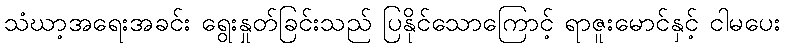
သံဃာ့အရေးအခင်း ရွေးနှုတ်ခြင်းသည် ပြနိုင်သောကြောင့် ရာဇူးမောင်နှင့် ငါမပေး